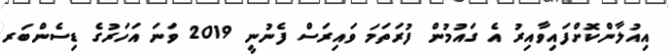
އިއުލާންކޮށްފައިވާއިރު އެ ގައުމުން ފުރަތަމަ ވައިރަސް ފެނުނީ 2019 ވަނަ އަހަރުގެ ޑިސެންބަރ